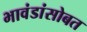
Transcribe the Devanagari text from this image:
भावंडांसोबत